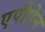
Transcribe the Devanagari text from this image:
एपीपेन